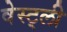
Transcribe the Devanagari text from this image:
वेस्ट्ली